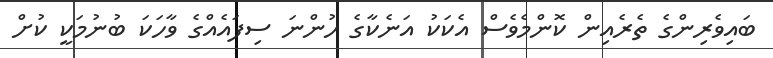
ބައިވެރިންގެ ތެރެއިން ކޮންމެވެސް އެކަކު އަނެކާގެ ހުންނަ ސިފައެއްގެ ވާހަކަ ބުނުމަކީ ކުށް